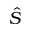
\hat { S }